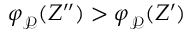
\varphi _ { \mathcal P } ^ { } ( Z ^ { \prime \prime } ) > \varphi _ { \mathcal P } ^ { } ( Z ^ { \prime } )